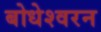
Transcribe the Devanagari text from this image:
बोधेश्वरन